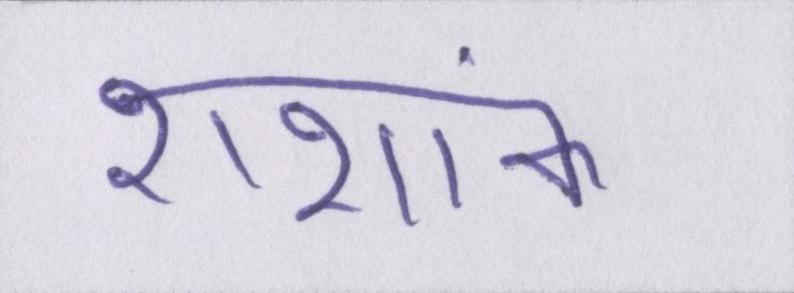
शशांक